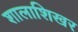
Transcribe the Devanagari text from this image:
शालाशिखर